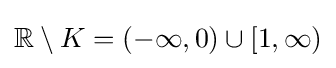
\mathbb {R} \setminus K=(-\infty ,0)\cup [1,\infty )